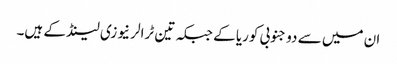
ان میں سے دو جنوبی کوریا کے جبکہ تین ٹرالر نیوزی لینڈ کے ہیں۔